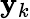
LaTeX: \mathbf{y}_{k}